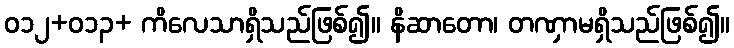
ဝ၁၂+၀၁၃+ ကိလေသာရှိသည်ဖြစ်၍။ နိဆာတော၊ တဏှာမရှိသည်ဖြစ်၍။